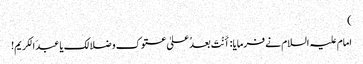
)
امام علیہ السلام نے فرمایا: اٴَنْتَ بعدُ علیٰ عتوک و ضلالک یا عبدَ الکریم!